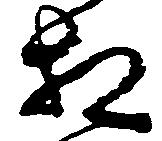
相